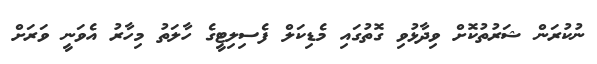
ނުކުރަން ޝަރުތުކޮށް ވިދާޅުވި ގޮތުގައި މެޑިކަލް ފެސިލިޓީގެ ހާލަތު މިހާރު އެވަނީ ވަރަށް